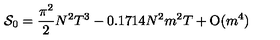
{ \cal S } _ { 0 } = \frac { \pi ^ { 2 } } { 2 } N ^ { 2 } T ^ { 3 } - 0 . 1 7 1 4 N ^ { 2 } m ^ { 2 } T + \mathrm { O } ( m ^ { 4 } ) \